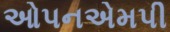
ઓપનએમપી